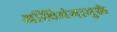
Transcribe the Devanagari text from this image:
अस्थिभंगामुळे